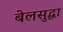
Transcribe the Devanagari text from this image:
बेलसुद्धा